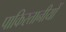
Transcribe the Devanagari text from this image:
पाकिस्तानीयों